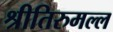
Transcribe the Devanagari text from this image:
श्रीतिरुमल्ल